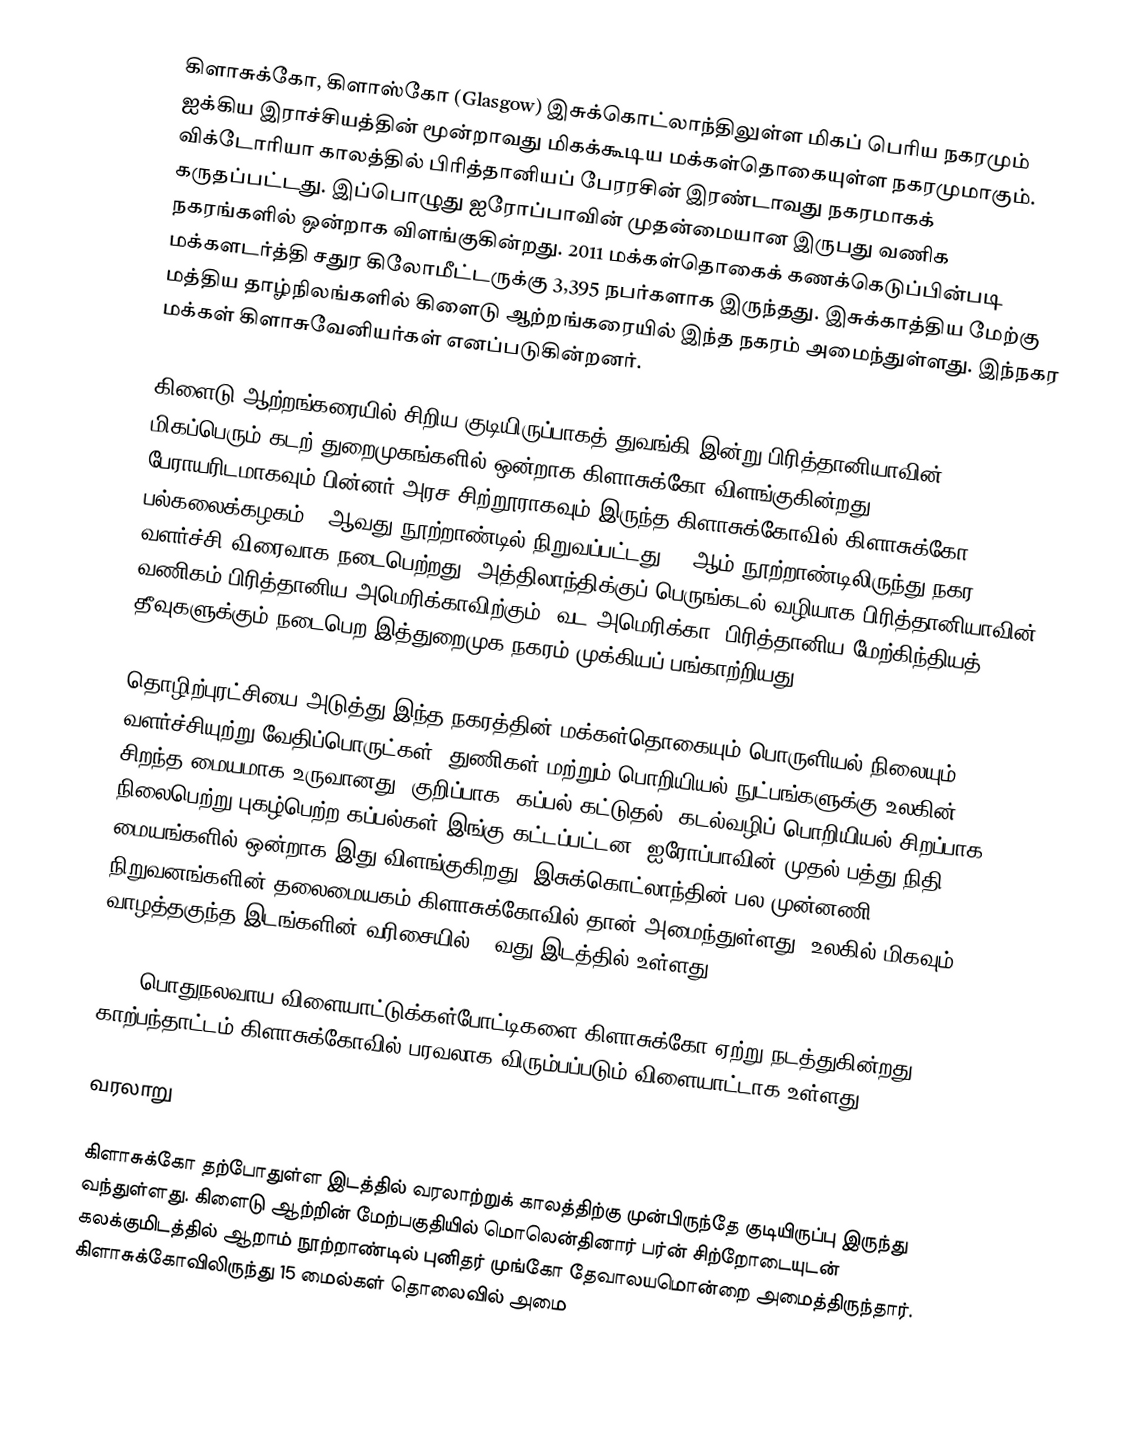
கிளாசுக்கோ, கிளாஸ்கோ (Glasgow) இசுக்கொட்லாந்திலுள்ள மிகப் பெரிய நகரமும் ஐக்கிய இராச்சியத்தின் மூன்றாவது மிகக்கூடிய மக்கள்தொகையுள்ள நகரமுமாகும். விக்டோரியா காலத்தில் பிரித்தானியப் பேரரசின் இரண்டாவது நகரமாகக் கருதப்பட்டது. இப்பொழுது ஐரோப்பாவின் முதன்மையான இருபது வணிக நகரங்களில் ஒன்றாக விளங்குகின்றது. 2011 மக்கள்தொகைக் கணக்கெடுப்பின்படி மக்களடர்த்தி சதுர கிலோமீட்டருக்கு 3,395 நபர்களாக இருந்தது. இசுக்காத்திய மேற்கு மத்திய தாழ்நிலங்களில்  கிளைடு ஆற்றங்கரையில் இந்த நகரம் அமைந்துள்ளது. இந்நகர மக்கள் கிளாசுவேனியர்கள் எனப்படுகின்றனர்.

கிளைடு ஆற்றங்கரையில் சிறிய குடியிருப்பாகத் துவங்கி இன்று பிரித்தானியாவின் மிகப்பெரும் கடற் துறைமுகங்களில் ஒன்றாக கிளாசுக்கோ விளங்குகின்றது. பேராயரிடமாகவும் பின்னர் அரச சிற்றூராகவும் இருந்த கிளாசுக்கோவில் கிளாசுக்கோ பல்கலைக்கழகம் 15ஆவது நூற்றாண்டில் நிறுவப்பட்டது. 18ஆம் நூற்றாண்டிலிருந்து நகர வளர்ச்சி விரைவாக நடைபெற்றது. அத்திலாந்திக்குப் பெருங்கடல் வழியாக பிரித்தானியாவின் வணிகம் பிரித்தானிய அமெரிக்காவிற்கும் (வட அமெரிக்கா) பிரித்தானிய மேற்கிந்தியத் தீவுகளுக்கும் நடைபெற இத்துறைமுக நகரம் முக்கியப் பங்காற்றியது.

தொழிற்புரட்சியை அடுத்து இந்த நகரத்தின் மக்கள்தொகையும் பொருளியல் நிலையும்  வளர்ச்சியுற்று வேதிப்பொருட்கள், துணிகள் மற்றும் பொறியியல் நுட்பங்களுக்கு உலகின் சிறந்த மையமாக உருவானது. குறிப்பாக, கப்பல் கட்டுதல், கடல்வழிப் பொறியியல் சிறப்பாக நிலைபெற்று புகழ்பெற்ற கப்பல்கள் இங்கு கட்டப்பட்டன. ஐரோப்பாவின் முதல் பத்து நிதி மையங்களில் ஒன்றாக இது விளங்குகிறது. இசுக்கொட்லாந்தின் பல முன்னணி நிறுவனங்களின் தலைமையகம் கிளாசுக்கோவில் தான் அமைந்துள்ளது. உலகில் மிகவும் வாழத்தகுந்த இடங்களின் வரிசையில் 57வது இடத்தில் உள்ளது.

2014 பொதுநலவாய விளையாட்டுக்கள்போட்டிகளை கிளாசுக்கோ ஏற்று நடத்துகின்றது.  காற்பந்தாட்டம் கிளாசுக்கோவில் பரவலாக விரும்பப்படும் விளையாட்டாக உள்ளது.

வரலாறு

கிளாசுக்கோ தற்போதுள்ள இடத்தில் வரலாற்றுக் காலத்திற்கு முன்பிருந்தே குடியிருப்பு இருந்து வந்துள்ளது.  கிளைடு ஆற்றின் மேற்பகுதியில் மொலென்தினார் பர்ன் சிற்றோடையுடன் கலக்குமிடத்தில் ஆறாம் நூற்றாண்டில் புனிதர் முங்கோ தேவாலயமொன்றை அமைத்திருந்தார். கிளாசுக்கோவிலிருந்து 15 மைல்கள் தொலைவில் அமை